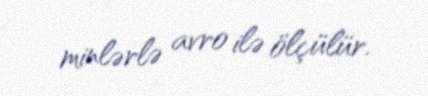
minlərlə avro ilə ölçülür.